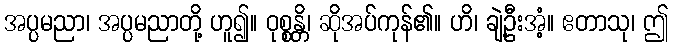
အပ္ပမညာ၊ အပ္ပမညာတို့ ဟူ၍။ ဝုစ္စန္တိ၊ ဆိုအပ်ကုန်၏။ ဟိ၊ ချဲ့ဦးအံ့။ ဧတာသု၊ ဤ